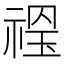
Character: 𥚼